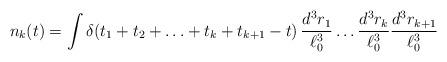
LaTeX: \begin{align*}n_{k}(t) = \int\delta(t_{1}+t_{2}+\ldots +t_{k}+t_{k+1}-t)\,\frac{d^{3}r_{1}}{\ell_0^3}\ldots \frac{d^{3}r_{k}}{\ell_0^3}\frac{d^{3}r_{k+1}}{\ell_0^3}\end{align*}